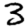
Digit: 3